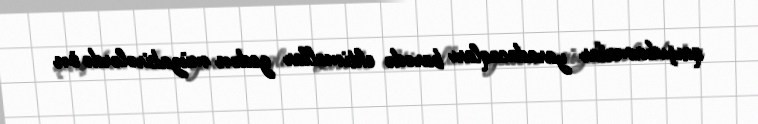
qarşıdurmalar yaradacaqları barədə ehtimallar gedən müzakirələrdə ön